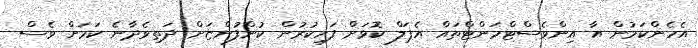
އެހެންކަމުން އާ އިންވެސްޓްމަންޓްތައް އެޕަލް ކޮޅަށް ފަހިކުރުން ކުންފުންޏަށް ދަތިވެދާނެ ކަމަށް ވެސް